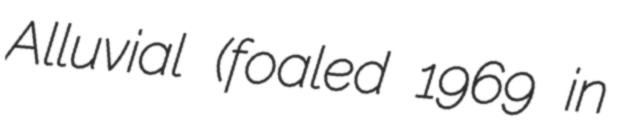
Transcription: Alluvial (foaled 1969 in